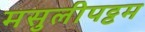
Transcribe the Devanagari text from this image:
मसुलीपट्टम